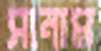
সানাম